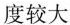
度较大